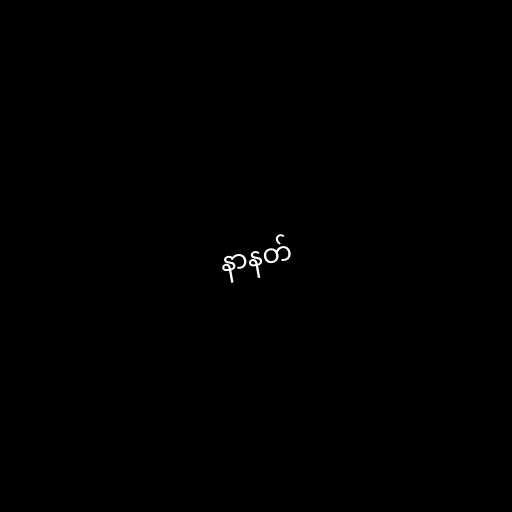
နာနတ်